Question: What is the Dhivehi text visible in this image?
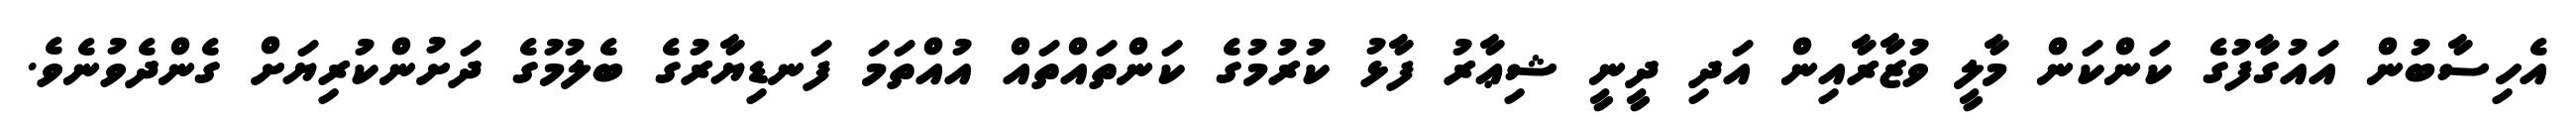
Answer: އެހިސާބުން އައުގާފުގެ ކަންކަން މާލީ ވުޒާރާއިން އަދި ދީނީ ޝިޢާރު ފާޅު ކުރުމުގެ ކަންތައްތައް އުއްތަމަ ފަނޑިޔާރުގެ ބެލުމުގެ ދަށުންކުރިޔަށް ގެންދެވުނެވެ.